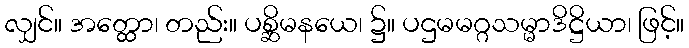
လျှင်။ အတ္ထော၊ တည်း။ ပစ္ဆိမနယေ၊ ၌။ ပဌမမဂ္ဂသမ္မာဒိဋ္ဌိယာ၊ ဖြင့်။